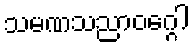
သမဏသညာဝဂ္ဂေါ